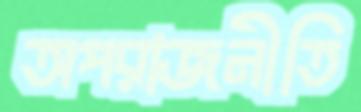
অপরাজনীতি